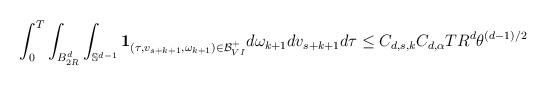
LaTeX: \begin{align*}\begin{aligned}& \int_0^T \int_{B_{2R}^d} \int_{\mathbb{S}^{d-1}}\mathbf{1}_{(\tau,v_{s+k+1},\omega_{k+1}) \in \mathcal{B}_{VI}^+}d\omega_{k+1} dv_{s+k+1} d\tau \leq C_{d,s,k} C_{d,\alpha} T R^d \theta^{(d-1)/2}\end{aligned}\end{align*}